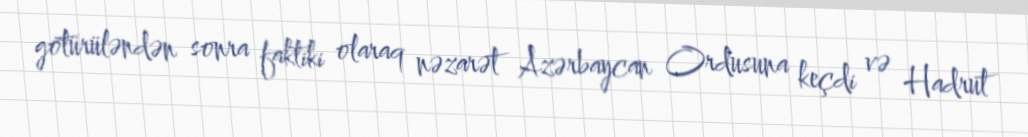
götürüləndən sonra faktiki olaraq nəzarət Azərbaycan Ordusuna keçdi və Hadrut